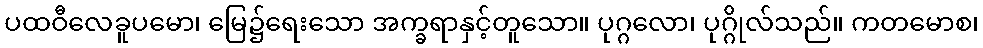
ပထဝီလေခူပမော၊ မြေ၌ရေးသော အက္ခရာနှင့်တူသော။ ပုဂ္ဂလော၊ ပုဂ္ဂိုလ်သည်။ ကတမောစ၊